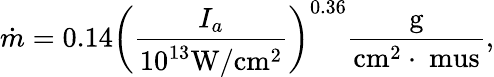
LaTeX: \dot{m}=0.14{\left({\frac{{{I_{a}}}}{{{{10}^{13}}\mathrm{{W/c}}{\mathrm{{m}}^{\mathrm{{2}}}}}}}\right)^{0.36}}\frac{\mathrm{{g}}}{{\mathrm{{c}}{\mathrm{{m}}^{\mathrm{{2}}}}\cdot\mathrm{{\ mus}}}},